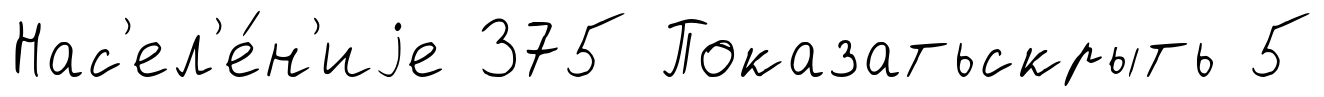
Нас'ел'е́н'иjе 375 Показатьскрыть 5